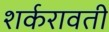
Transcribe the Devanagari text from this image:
शर्करावती